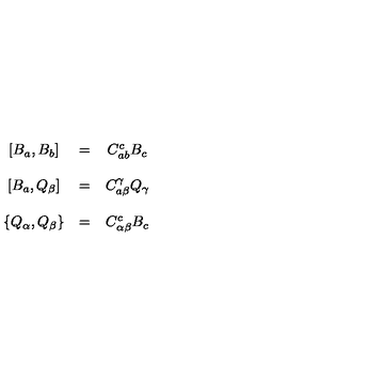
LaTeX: \begin{array} { c c c } { \left[ B _ { a } , B _ { b } \right] } & { = } & { C _ { a b } ^ { c } B _ { c } } \\ { } & { } & { } \\ { \left[ B _ { a } , Q _ { \beta } \right] } & { = } & { C _ { a \beta } ^ { \gamma } Q _ { \gamma } } \\ { } & { } & { } \\ { \left\{ Q _ { \alpha } , Q _ { \beta } \right\} } & { = } & { C _ { \alpha \beta } ^ { c } B _ { c } } \\ \end{array}